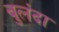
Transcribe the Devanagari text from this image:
बुलंदा